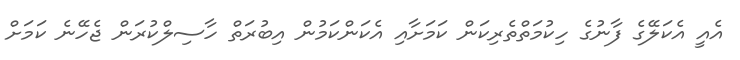
އެއީ އެކަލޭގެ ފާނުގެ ހިކުމަތްތެރިކަން ކަމަށާއި އެކަންކަމުން އިބުރަތް ހާސިލްކުރަން ޖެހޭނެ ކަމަށް